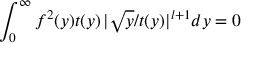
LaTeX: \int _ { 0 } ^ { \infty } f ^ { 2 } ( y ) t ( y ) \, | \sqrt y / t ( y ) | ^ { l + 1 } d y = 0